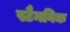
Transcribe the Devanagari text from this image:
स्टैनविक